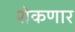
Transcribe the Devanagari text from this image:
शेकणार